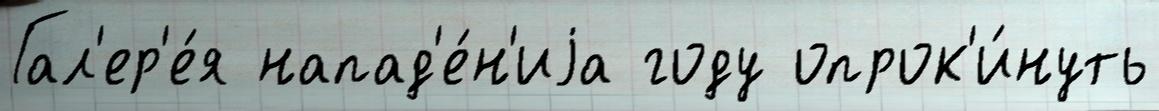
Гал'ер'е́я напад'е́н'иjа году опрок'и́нуть